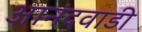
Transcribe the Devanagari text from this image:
आनंदवाडी